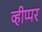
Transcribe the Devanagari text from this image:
व्हीप्पर